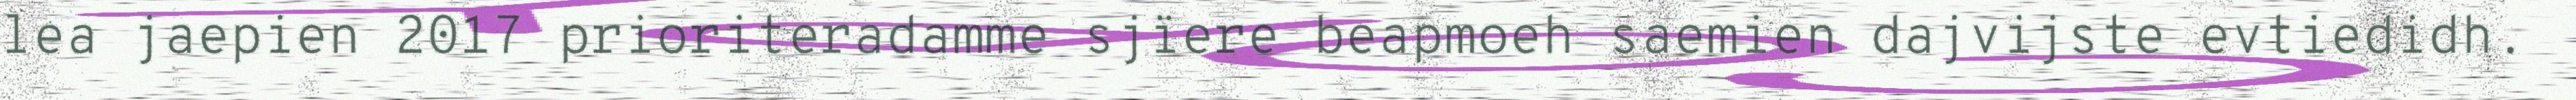
lea jaepien 2017 prioriteradamme sjïere beapmoeh saemien dajvijste evtiedidh.